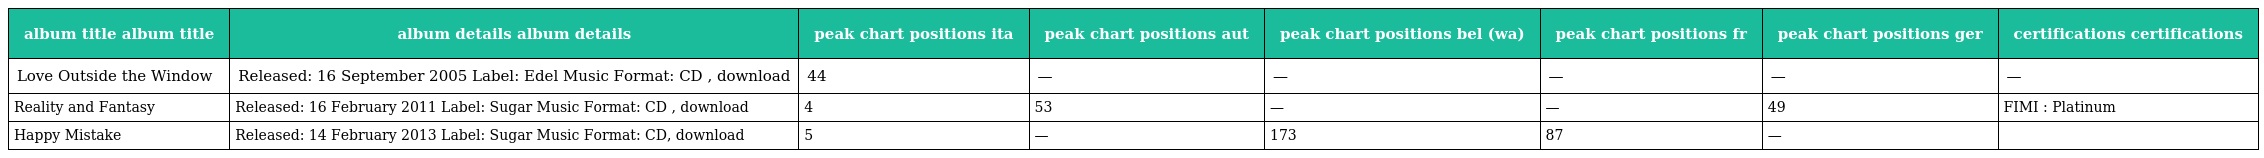
| album title album title | album details album details | peak chart positions ita | peak chart positions aut | peak chart positions bel (wa) | peak chart positions fr | peak chart positions ger | certifications certifications |
 | --- | --- | --- | --- | --- | --- | --- | --- |
 | Love Outside the Window | Released: 16 September 2005 Label: Edel Music Format: CD , download | 44 | — | — | — | — | — |
 | Reality and Fantasy | Released: 16 February 2011 Label: Sugar Music Format: CD , download | 4 | 53 | — | — | 49 | FIMI : Platinum |
 | Happy Mistake | Released: 14 February 2013 Label: Sugar Music Format: CD, download | 5 | — | 173 | 87 | — |  |